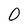
Character: 0